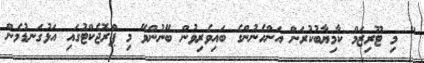
" މި ޓޫރިޒަމް ކާމިޔާބުކުރަން އަންހެނުންގެ ބައިވެރިވުން ބޭނުންވޭ މި ޕްރޮޖެކްޓުގައި އަޅުގަނޑުމެން